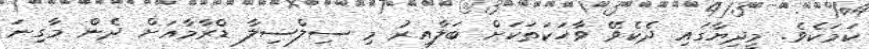
ކަމަކެވެ. މީދިޔާގައި ދެކެވޭ ވާހަކަތަކަށް ބަލާއިރު މި ސިލްސިލާ ޑްރާމާއަށް ދެން މާގިނަ